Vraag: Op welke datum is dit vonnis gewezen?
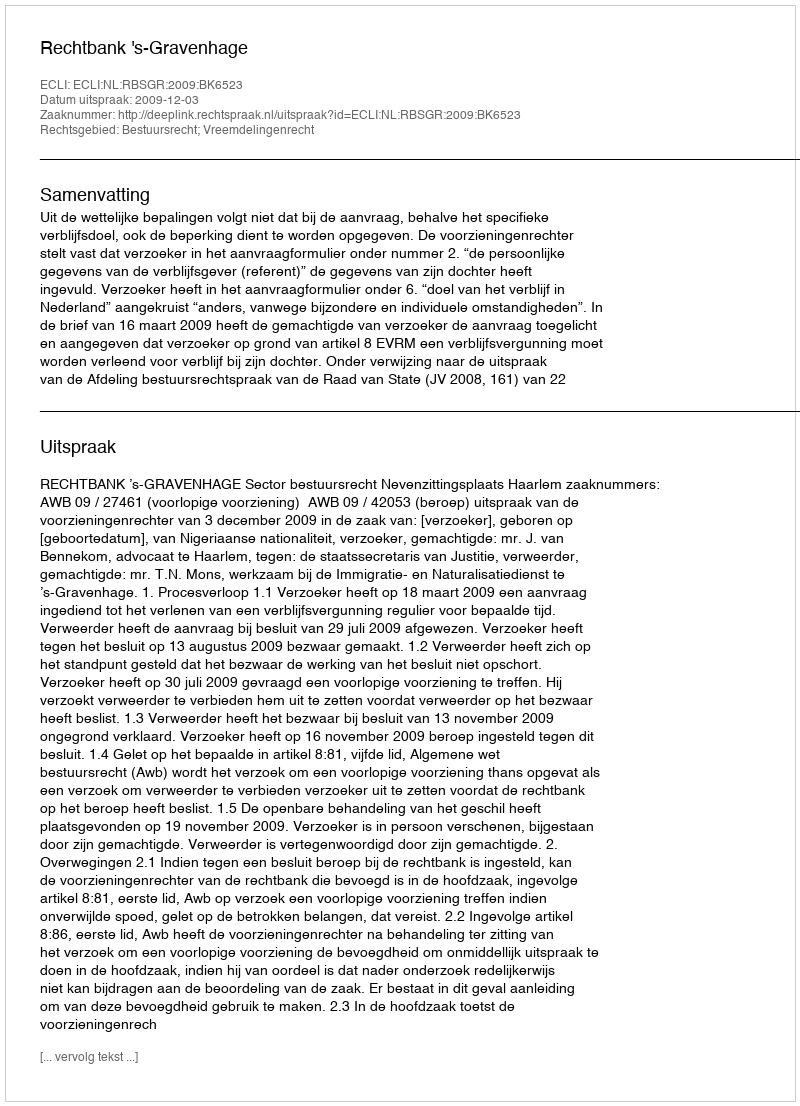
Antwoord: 2009-12-03